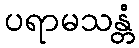
ပရာမသန္တံ